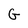
Character: G